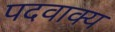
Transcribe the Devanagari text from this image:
पदवाक्य